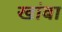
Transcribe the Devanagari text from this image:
खांबा